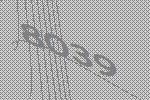
8039